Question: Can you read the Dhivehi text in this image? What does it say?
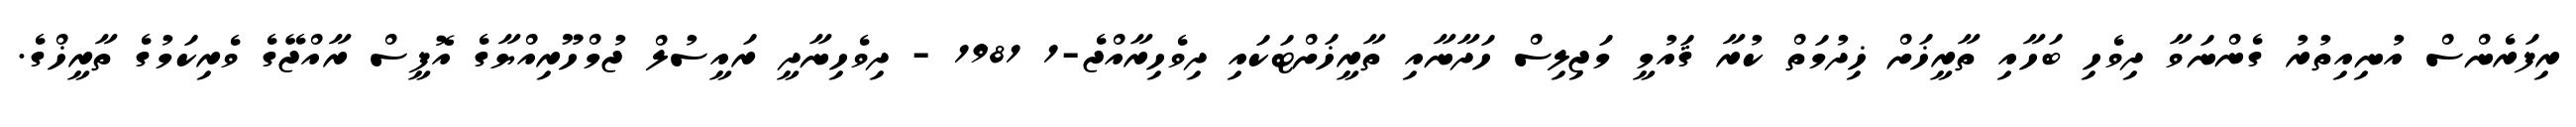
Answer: ރިފަރެންސް އުނިއިތުރު ގެންނަވާ ދިވެހި ބަހާއި ތާރީޚަށް ޚިދުމަތް ކުރާ ޤައުމީ މަޖިލިސް ހަދާނާއި ތާރީޚަށްޓަކައި ދިވެހިރާއްޖެ-1 1981 - ދިވެހިނާދީ ރައީސުލް ޖުމްހޫރިއްޔާގެ އޮފީސް ރާއްޖޭގެ ވެރިކަމުގެ ތާރީޚްގެ.